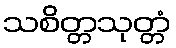
သစိတ္တသုတ္တံ